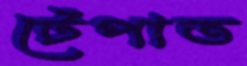
টেপাত